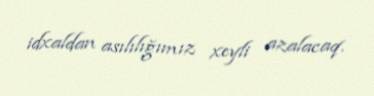
idxaldan asılılığımız xeyli azalacaq.